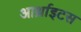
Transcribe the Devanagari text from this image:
आर्थ्राइटस